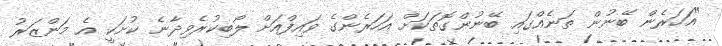
"އަހަރެން ބޭނުން ތަނެއްގައި ބޭނުންގޮތަކަށް އަހަރެންގެ ވައިފްއަށް ލޯބިކުރެވިދާނެ ކުށަކީ އެ މަންޒަރު